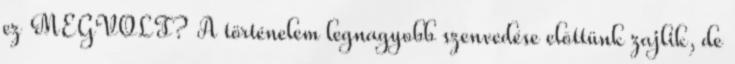
ez MEGVOLT? A történelem legnagyobb szenvedése elõttünk zajlik, de